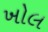
ખોલ